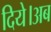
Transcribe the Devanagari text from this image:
दिये।अब